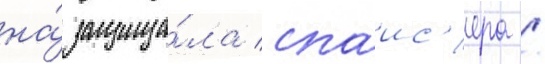
на́ защища́ла спаис'ера /